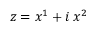
z = x ^ { 1 } + i \, x ^ { 2 }